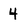
Character: 4